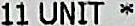
11 UNIT *